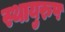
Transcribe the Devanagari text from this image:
स्थायुरुप